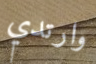
وارتدي